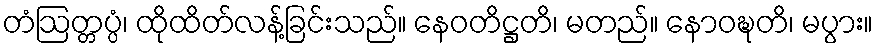
တံဩတ္တပ္ပံ၊ ထိုထိတ်လန့်ခြင်းသည်။ နေဝတိဋ္ဌတိ၊ မတည်။ နောဝဍ္ဎတိ၊ မပွား။